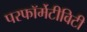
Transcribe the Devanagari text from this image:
परफॉर्मेटीविटी